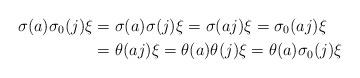
LaTeX: \begin{align*}\sigma(a)\sigma_0(j)\xi&=\sigma(a)\sigma(j)\xi=\sigma(aj)\xi=\sigma_0(aj)\xi\\&=\theta(aj)\xi=\theta(a)\theta(j)\xi=\theta(a)\sigma_0(j)\xi\end{align*}